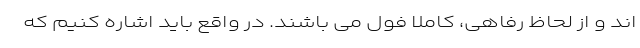
اند و از لحاظ رفاهی، کاملا فول می باشند. در واقع باید اشاره کنیم که